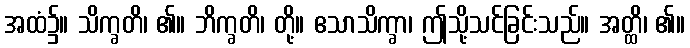
အထံ၌။ သိက္ခတိ၊ ၏။ ဘိက္ခတိ၊ တို့။ ဧသာသိက္ခာ၊ ဤသို့သင်ခြင်းသည်။ အတ္ထိ၊ ၏။